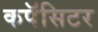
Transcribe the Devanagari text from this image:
कपॅसिटर